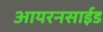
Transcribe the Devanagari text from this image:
आयरनसाईड